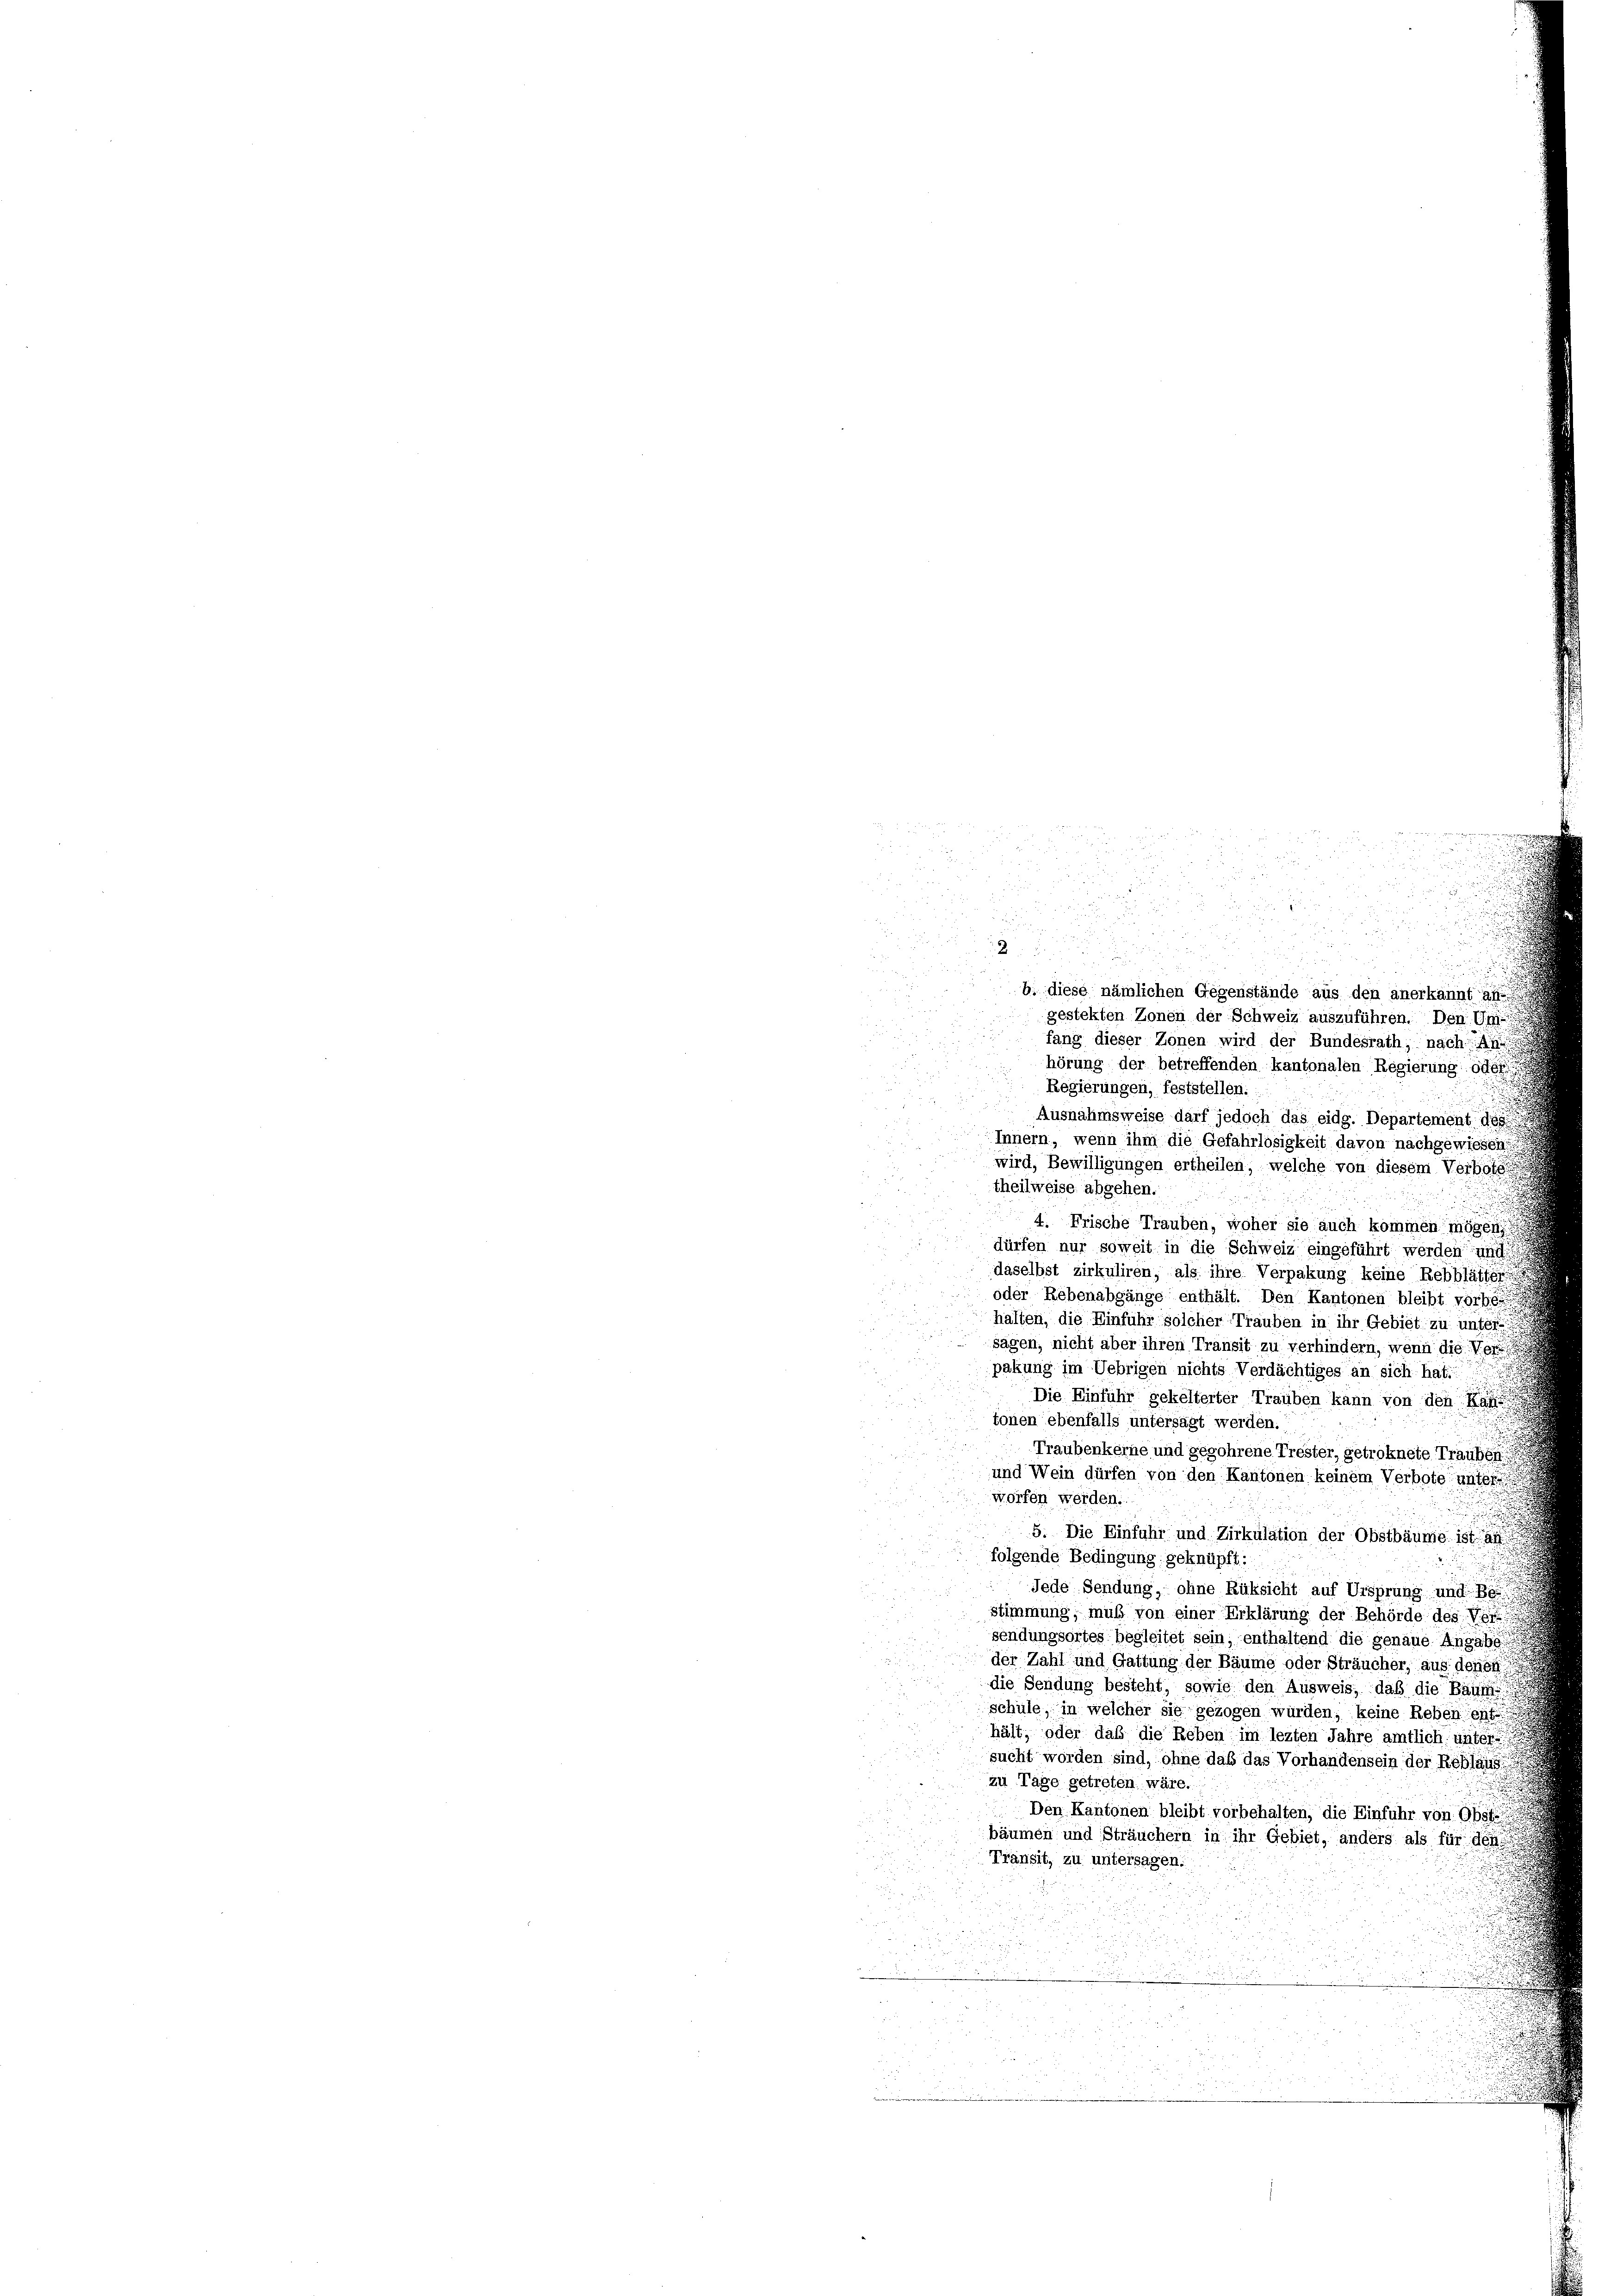
2
2

i

g

5
u

.
e
a 8 x

b. diese nämlichen Gegenstände aus den anerkannt au
gestekten Zonen der Schweiz auszuführen. Den Un

d
fang dieser Zonen wird der Bundesrath, nach
hörung der betreffenden kantonalen Regierung ode
Regierungen, feststellen.
Ausnahmsweise darf jedoch das eidg. Departement des
Innern, wenn ihm die Gefahrlosigkeit davon nachgewiesen,
wird, Bewilligungen ertheilen, welche von diesem Verbote
theilweise abgehen.

 4. Frische Trauben, woher sie auch kommen mögen,
dürfen nur soweit in die Schweiz eingeführt werden und
daselbst zirkuliren, als ihre Verpakung keine Rebblätter
i
oder Rebenabgänge enthält. Den Kantonen bleibt vorbe
halten, die Einführ solcher Trauben in ihr Gebiet zu unter
sagen, nicht aber ihren Transit zu verhindern, wenn die Ver
pakung im Uebrigen nichts Verdächtiges an sich hat.
.
.
Die Einführ gekelterter Trauben kann von den Rat
tonen ebenfalls untersagt werden.
n
Traubenkerne und gegohrene Trester, getroknete Trauben.
und Wein dürfen von den Kantonen keinem Verbote unter
worfen werden.
5. Die Einfuhr und Zirkulation der Obstbäume ist au
folgende Bedingung geknüpft:

Jede Sendung, ohne Rüksicht auf Ursprung und Be
Stimmung, muß von einer Erklärung der Behörde des Ver

sendungsortes begleitet sein, enthaltend die genaue Angabe
der Zahl und Gattung der Bäume oder Sträucher, aus denen
die Sendung besteht, sowie den Ausweis, daß die Bäume
schule, in welcher sie gezogen wurden, keine Reben ent
hält, oder das die Reben im lezten Jahre amtlich, unter
sucht worden sind, ohne das das Vorhandensein der Reblaus
zu Tage getreten wäre.
Den Kantonen bleibt vorbehalten, die Einfuhr von Obsts
bäumen und Sträuchern in ihr Gebiet, anders als für den
Tränsit, zu untersagen.